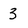
Character: 3